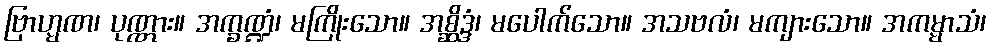
ဗြာဟ္မဏ၊ ပုဏ္ဏား။ အက္ခဏ္ဍံ၊ မကြိုးသော။ အစ္ဆိဒ္ဒံ၊ မပေါက်သော။ အသဗလံ၊ မကျားသော။ အကမ္မာသံ၊